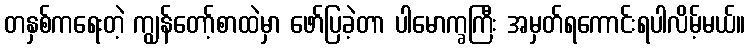
တနှစ်ကရေးတဲ့ ကျွန်တော့်စာထဲမှာ ဖော်ပြခဲ့တာ ပါမောက္ခကြီး အမှတ်ရကောင်းရပါလိမ့်မယ်။